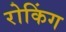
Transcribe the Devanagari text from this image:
रोकिंग